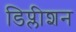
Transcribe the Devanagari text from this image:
डिप्लीशन